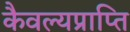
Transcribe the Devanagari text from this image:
कैवल्यप्राप्ति